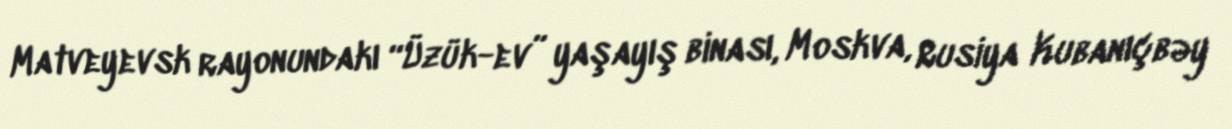
Matveyevsk rayonundakı “Üzük-ev” yaşayış binası, Moskva, Rusiya Kubanıçbəy